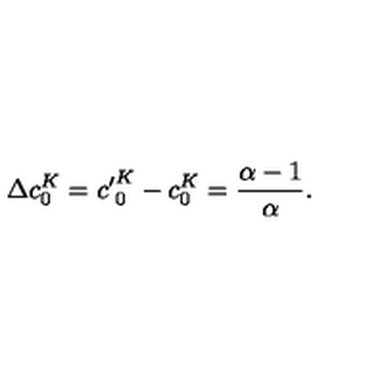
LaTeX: \Delta c _ { 0 } ^ { K } = { c ^ { \prime } } _ { 0 } ^ { K } - c _ { 0 } ^ { K } = \frac { \alpha - 1 } { \alpha } .